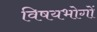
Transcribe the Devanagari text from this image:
विषयभोगों